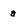
Character: a